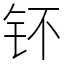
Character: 钚